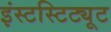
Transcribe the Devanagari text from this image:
इंस्टस्टिट्यूट